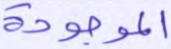
الموجودة